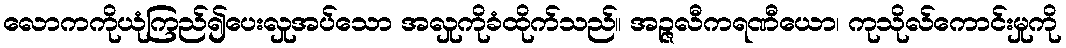
လောကကိုယုံကြည်၍ပေးလှုအပ်သော အလှုကိုခံထိုက်သည်။ အဉ္ဇလီကရဏီယော၊ ကုသိုလ်ကောင်းမှုကို